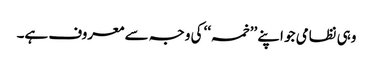
وہی نظامی جو اپنے ’’خمسہ‘‘ کی وجہ سے معروف ہے۔